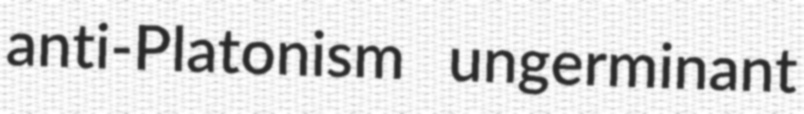
anti-Platonism ungerminant